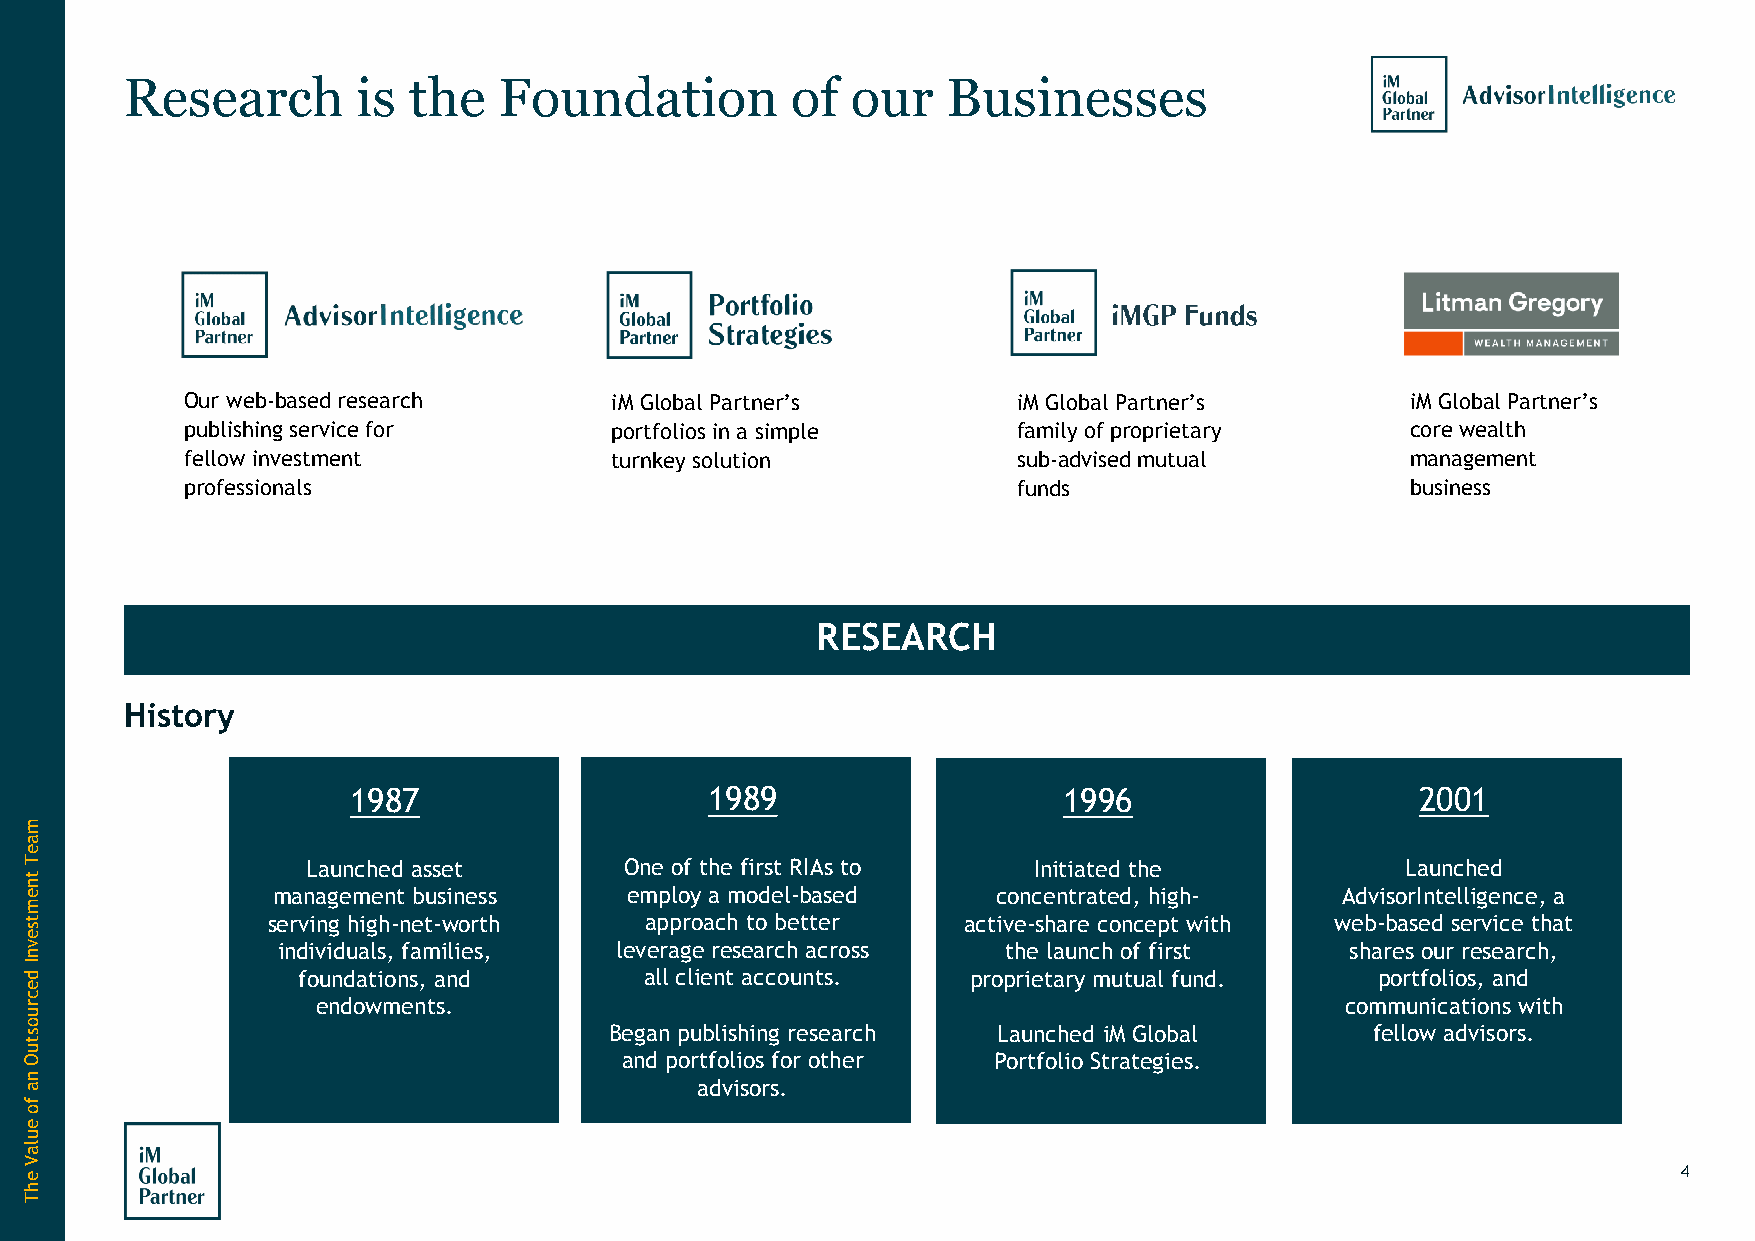
Research        is the   Foundation         of  our    Businesses
 Our web-based research      iM Global Partner’s        iM Global Partner’s       iM Global Partner’s
 publishing service for      portfolios in a simple     family of proprietary     core wealth
 fellow investment           turnkey solution           sub-advised mutual        management
 professionals                                          funds                     business
 RESEARCH
 History
 1987                    1989                   1996                    2001
 Launched asset       One of the first RIAs to   Initiated the            Launched
 management business    employ a model-based     concentrated, high-    AdvisorIntelligence, a
 serving high-net-worth   approach to better   active-share concept with web-based service that
 individuals, families, leverage research across the launch of first    shares our research,
 foundations, and       all client accounts. proprietary mutual fund.   portfolios, and
 endowments.                                                         communications with
 Began publishing research Launched iM Global       fellow advisors.
 and portfolios for other Portfolio Strategies.
 advisors.
 4
 maeT
 tnemtsevnI
 decruostuO
 na
 fo
 eulaV
 ehT